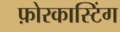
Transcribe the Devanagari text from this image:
फ़ोरकास्टिंग